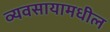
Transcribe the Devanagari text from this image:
व्यवसायामधील